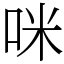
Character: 咪